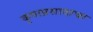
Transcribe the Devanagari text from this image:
कृपाप्रसादाचा